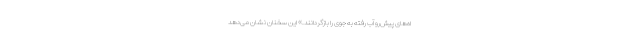
اه‌های پیش‌رو آب رفته به جوی را بازگردانند.» این سخنان نشان می‌دهد